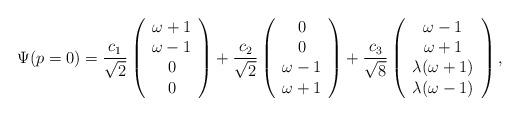
LaTeX: \begin{align*}\Psi(p=0) =\frac{c_1}{\sqrt2}\left(\begin{array}{c}\omega+1\\\omega-1\\0\\0\end{array}\right)+\frac{c_2}{\sqrt2}\left(\begin{array}{c}0\\0\\\omega-1\\\omega+1\end{array}\right)+\frac{c_3}{\sqrt8}\left(\begin{array}{c}\omega-1\\\omega+1\\\lambda(\omega+1)\\\lambda(\omega-1)\end{array}\right),\end{align*}